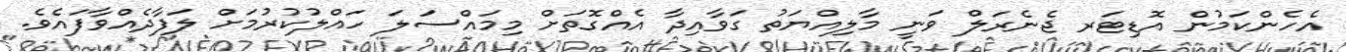
އެހެންކަމުން އޮޑިޓަރ ޖެނެރަލް ވަނީ މާލިއްޔަތު ގަވާއިދާ އެއްގޮތަށް މިމައްސަލަ ހައްލުކުރުމަށް ލަފާދެއްވާފައެވެ.